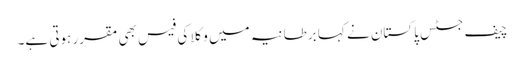
چیف جسٹس پاکستان نے کہا برطانیہ میں وکلا کی فیس بھی مقرر ہوتی ہے۔